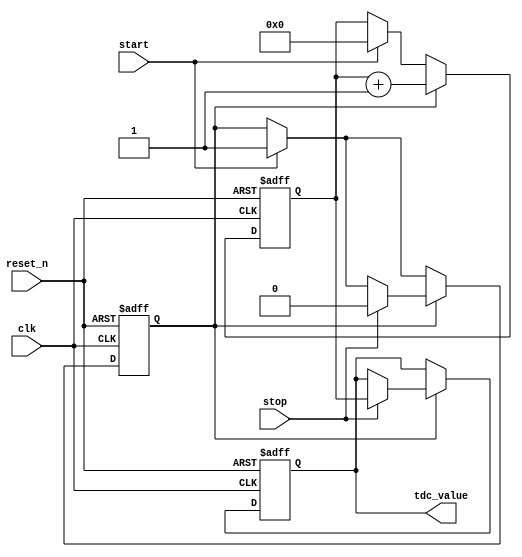
module TDC (
    input wire clk,          // System clock
    input wire reset_n,      // Active-low reset
    input wire start,       // Start signal
    input wire stop,        // Stop signal
    output reg [N-1:0] tdc_value  // Output digital value representing time interval
);

parameter N = 8;          // Number of bits for the digital value (Adjust as needed)
parameter DELAY_STAGES = 16;  // Number of delay stages in the delay line

// Delay line using registers
reg [DELAY_STAGES-1:0] delay_line;
reg [N-1:0] counter;   // Counter to count the clock cycles

// State machine for TDC operation
reg capturing;         // Indicates if we are capturing the time interval

always @(posedge clk or negedge reset_n) begin
    if (!reset_n) begin
        // Initialization
        delay_line <= 0;
        counter <= 0;
        tdc_value <= 0;
        capturing <= 0;
    end else begin
        // Start measurement
        if (start) begin
            counter <= 0;            // Reset counter
            delay_line <= 1;         // Initiate delay line
            capturing <= 1;          // Begin capturing
        end
        
        if (capturing) begin
            // Delay the signal through the delay line
            delay_line <= {delay_line[DELAY_STAGES-2:0], delay_line[DELAY_STAGES-1]};
            
            // Increment counter
            counter <= counter + 1;
            
            if (stop) begin
                // Stop measurement
                tdc_value <= counter;  // Capture the counter value
                capturing <= 0;        // Stop capturing
            end
        end
    end
end

endmodule